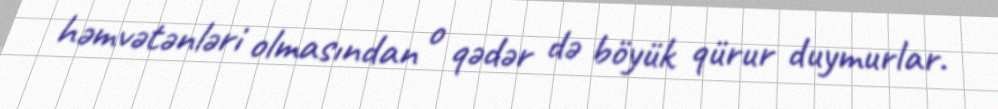
həmvətənləri olmasından o qədər də böyük qürur duymurlar.